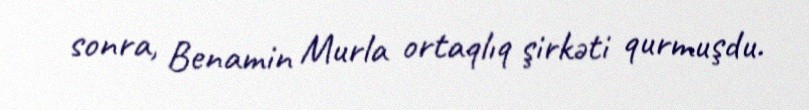
sonra, Benamin Murla ortaqlıq şirkəti qurmuşdu.